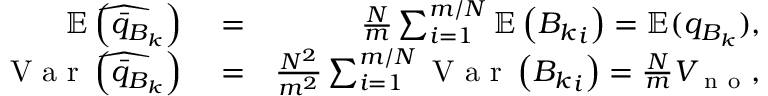
\begin{array} { r l r } { \mathbb { E } \left( \widehat { \bar { q } _ { B _ { k } } } \right) } & { { } = } & { \frac { N } { m } \sum _ { i = 1 } ^ { m / N } \mathbb { E } \left( { B _ { k } } _ { i } \right) = \mathbb { E } ( q _ { B _ { k } } ) , } \\ { \mathrm { ~ V ~ a ~ r ~ } \left( \widehat { \bar { q } _ { B _ { k } } } \right) } & { { } = } & { \frac { N ^ { 2 } } { m ^ { 2 } } \sum _ { i = 1 } ^ { m / N } \mathrm { ~ V ~ a ~ r ~ } \left( { B _ { k } } _ { i } \right) = \frac { N } { m } V _ { \mathrm { ~ n ~ o ~ } } , } \end{array}